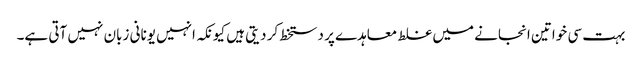
بہت سی خواتین انجانے میں غلط معاہدے پر دستخط کر دیتی ہیں کیونکہ انہیں یونانی زبان نہیں آتی ہے۔